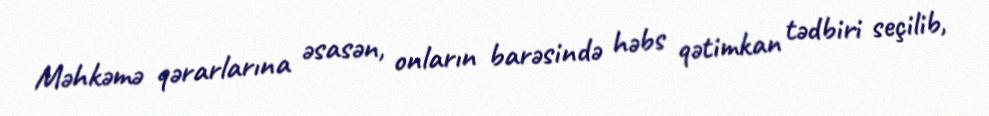
Məhkəmə qərarlarına əsasən, onların barəsində həbs qətimkan tədbiri seçilib,